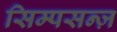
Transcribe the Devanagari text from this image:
सिम्पसन्ज़